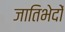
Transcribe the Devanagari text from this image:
जातिभेदों